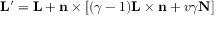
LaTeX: \mathbf { L } ^ { \prime } = \mathbf { L } + \mathbf { n } \times \left[ ( \gamma - 1 ) \mathbf { L } \times \mathbf { n } + v \gamma \mathbf { N } \right]